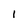
Character: 1